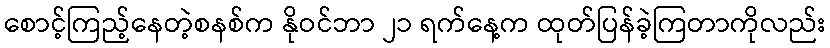
စောင့်ကြည့်နေတဲ့စနစ်က နိုဝင်ဘာ ၂၁ ရက်နေ့က ထုတ်ပြန်ခဲ့ကြတာကိုလည်း